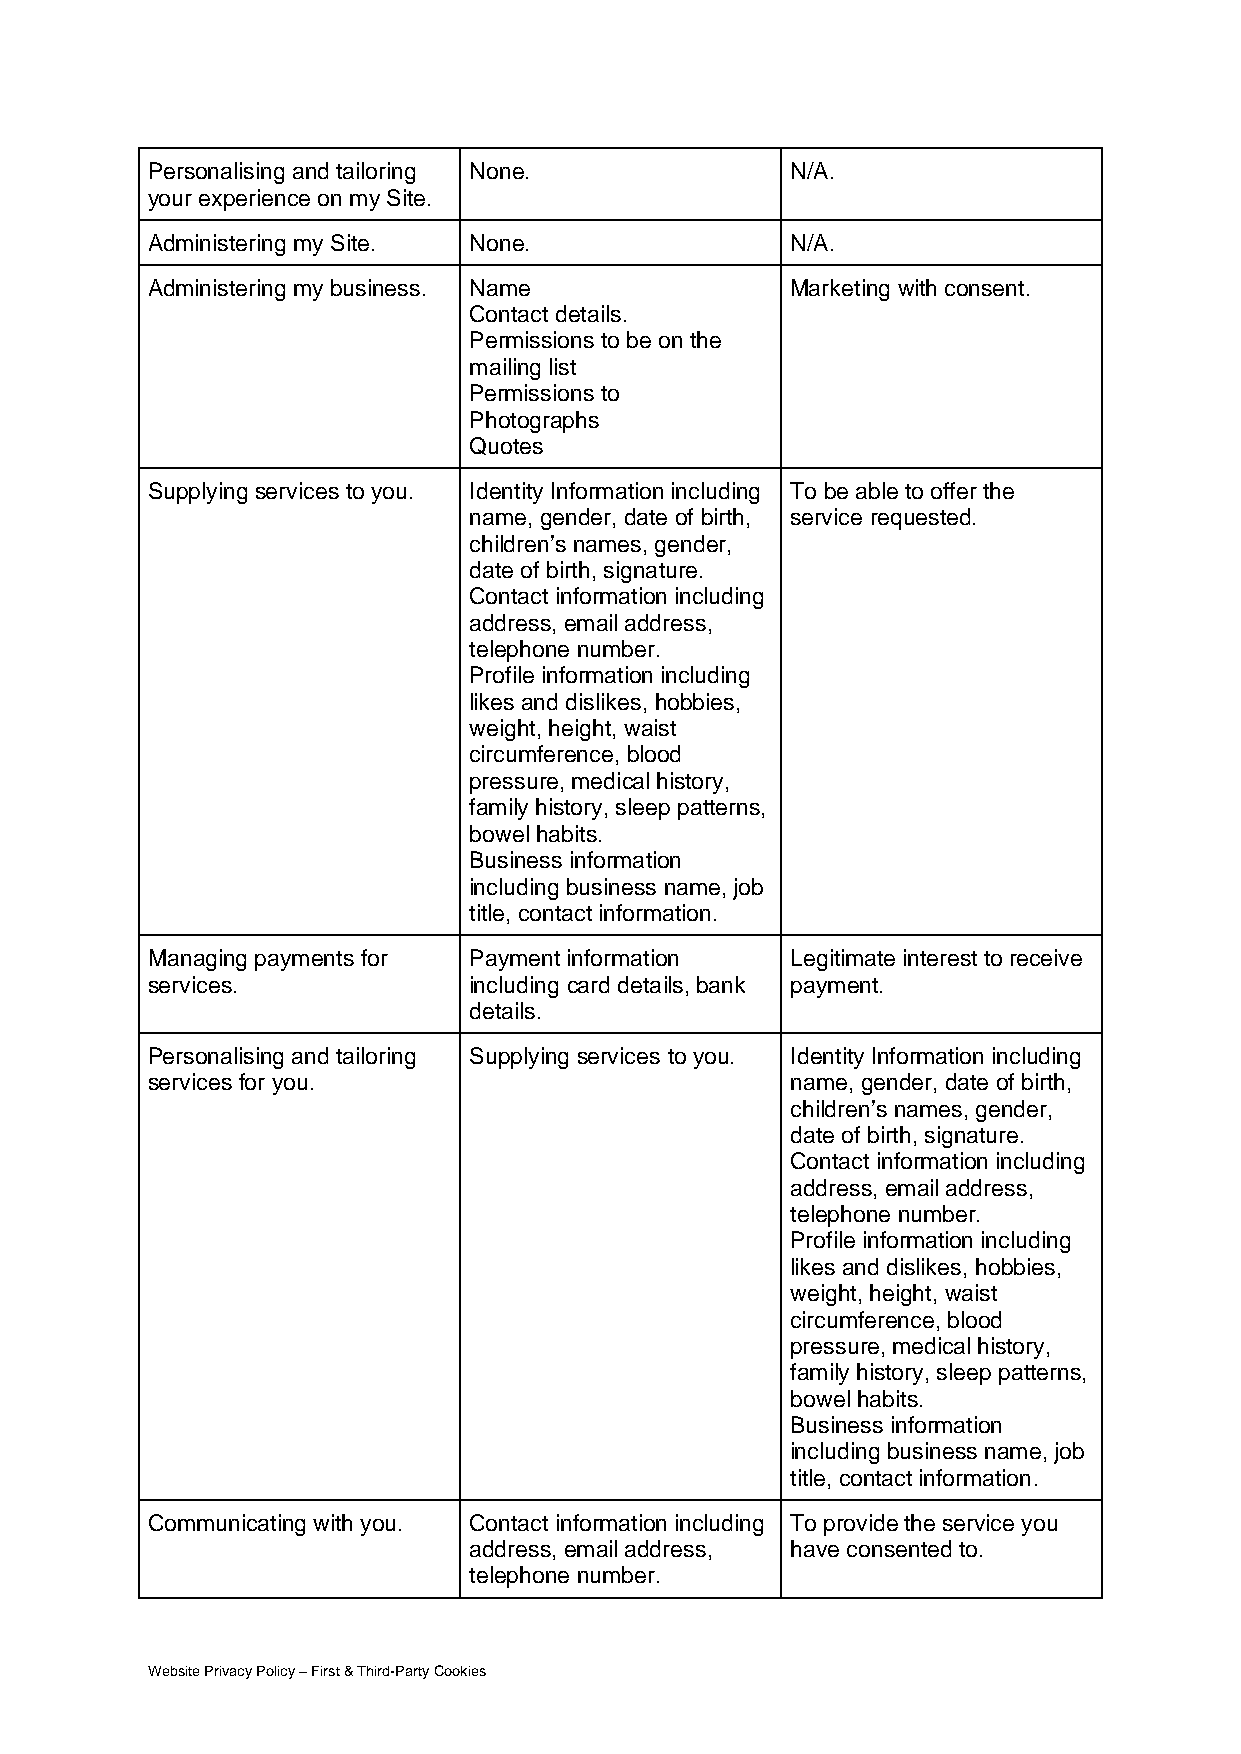
Personalising and tailoring None.         N/A.
 your experience on my Site.
 Administering my Site. None.              N/A.
 Administering my business. Name           Marketing with consent.
 Contact details.
 Permissions to be on the
 mailing list
 Permissions to
 Photographs
 Quotes
 Supplying services to you. Identity Information including To be able to offer the
 name, gender, date of birth, service requested.
 children’s names, gender,
 date of birth, signature.
 Contact information including
 address, email address,
 telephone number.
 Profile information including
 likes and dislikes, hobbies,
 weight, height, waist
 circumference, blood
 pressure, medical history,
 family history, sleep patterns,
 bowel habits.
 Business information
 including business name, job
 title, contact information.
 Managing payments for Payment information Legitimate interest to receive
 services.            including card details, bank payment.
 details.
 Personalising and tailoring Supplying services to you. Identity Information including
 services for you.                         name, gender, date of birth,
 children’s names, gender,
 date of birth, signature.
 Contact information including
 address, email address,
 telephone number.
 Profile information including
 likes and dislikes, hobbies,
 weight, height, waist
 circumference, blood
 pressure, medical history,
 family history, sleep patterns,
 bowel habits.
 Business information
 including business name, job
 title, contact information.
 Communicating with you. Contact information including To provide the service you
 address, email address, have consented to.
 telephone number.
 Website Privacy Policy – First & Third-Party Cookies